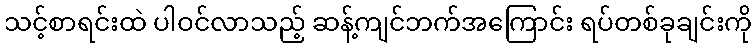
သင့်စာရင်းထဲ ပါဝင်လာသည့် ဆန့်ကျင်ဘက်အကြောင်း ရပ်တစ်ခုချင်းကို